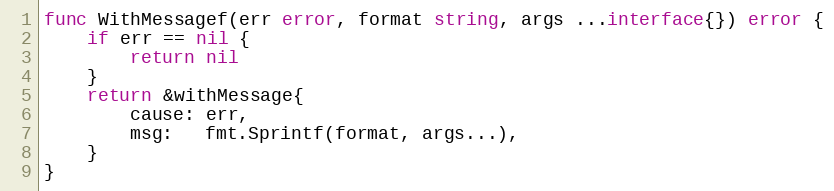
Language: Go
func WithMessagef(err error, format string, args ...interface{}) error {
	if err == nil {
		return nil
	}
	return &withMessage{
		cause: err,
		msg:   fmt.Sprintf(format, args...),
	}
}